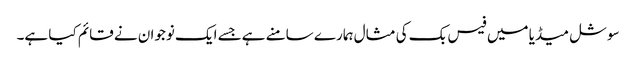
سوشل میڈیا میں فیس بک کی مثال ہمارے سامنے ہےجسے ایک نوجوان نے قائم کیا ہے۔